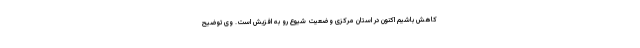
کاهش باشیم اکنون در استان مرکزی وضعیت شیوع رو به افزیش است. وی توضیح